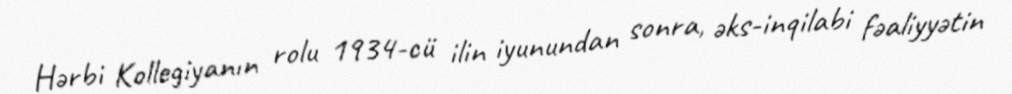
Hərbi Kollegiyanın rolu 1934-cü ilin iyunundan sonra, əks-inqilabi fəaliyyətin